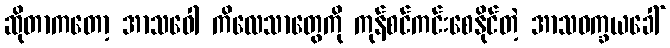
ဆိုတာကတော့ အာသဝေါ ကိလေသာတွေကို ကုန်စင်ကင်းစေနိုင်တဲ့ အာသဝက္ခယခေါ်